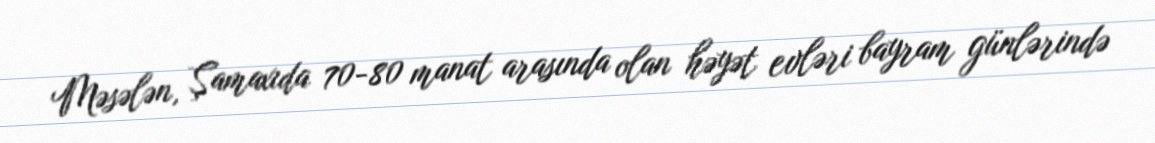
Məsələn, Şamaxıda 70-80 manat arasında olan həyət evləri bayram günlərində